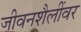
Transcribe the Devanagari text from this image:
जीवनशैलींवर